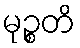
မုဉ္စတိ